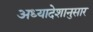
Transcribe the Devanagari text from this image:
अध्यादेशानुसार